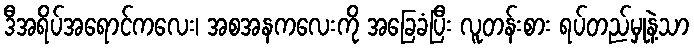
ဒီအရိပ်အရောင်ကလေး၊ အစအနကလေးကို အခြေခံပြီး လူတန်းစား ရပ်တည်မှုနဲ့သာ